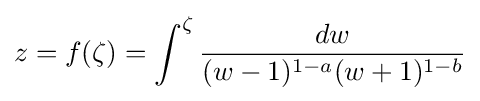
z=f(\zeta )=\int ^{\zeta }{\frac {dw}{(w-1)^{1-a}(w+1)^{1-b}}}